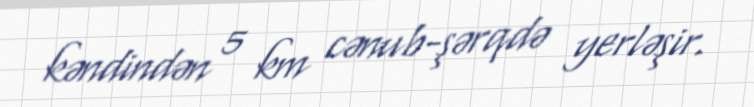
kəndindən 5 km cənub-şərqdə yerləşir.